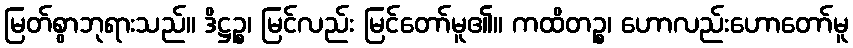
မြတ်စွာဘုရားသည်။ ဒိဋ္ဌဉ္စ၊ မြင်လည်း မြင်တော်မူ၏။ ကထိတဉ္စ၊ ဟောလည်းဟောတော်မူ